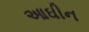
આઘીન